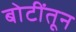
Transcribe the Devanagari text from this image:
बोटींतून